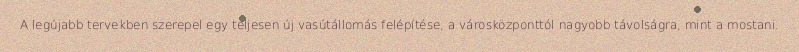
A legújabb tervekben szerepel egy teljesen új vasútállomás felépítése, a városközponttól nagyobb távolságra, mint a mostani.